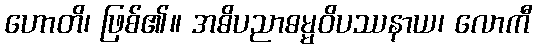
ဟောတိ၊ ဖြစ်၏။ အဓိပညာဓမ္မဝိပဿနာယ၊ လောကီ